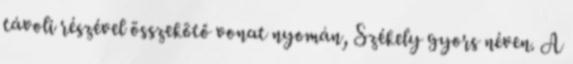
távoli részével összekötő vonat nyomán, Székely gyors néven. A